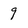
Character: 9